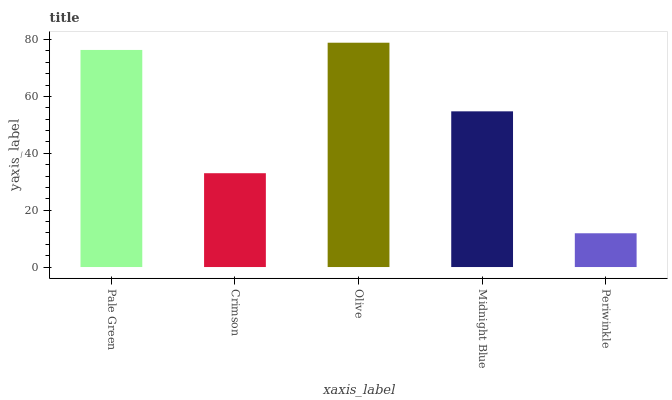
| xaxis_label | bars |
 | --- | --- |
 | Pale Green | 76.3 |
 | Crimson | 33 |
 | Olive | 78.9 |
 | Midnight Blue | 54.8 |
 | Periwinkle | 11.9 |